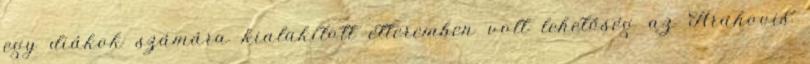
egy diákok számára kialakított étteremben volt lehetőség az Arahovis